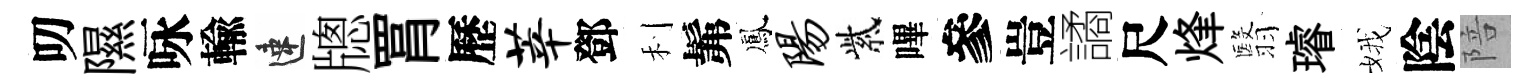
叨隰咏輸速牕罥歷莘鄧利髴鳳阳紫嗶參豈譎尺烽翳璿娥陰陪